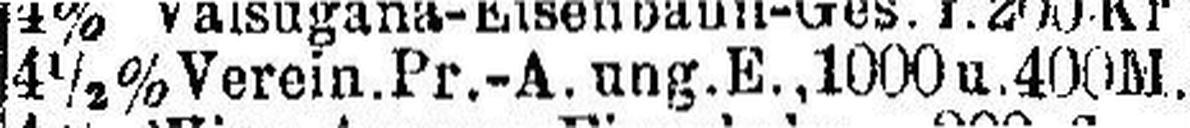
4½% Verein.Pr.-A. ung.E., 1000 u. 400 M.